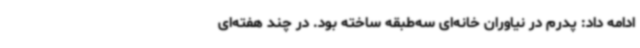
ادامه داد: پدرم در نیاوران خانه‌ای سه‌طبقه ساخته بود. در چند هفته‌ای